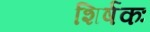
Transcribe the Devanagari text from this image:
शिर्षकः